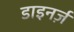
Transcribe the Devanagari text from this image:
डाइनर्ज़